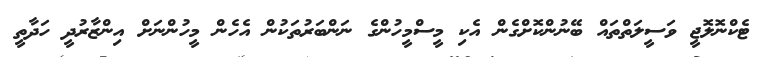
ޓެކްނޮލޮޖީ ވަސީލަތްތައް ބޭނުންކޮށްގެން އެކި މީސްމީހުންގެ ނަންބަރުތަކުން އެހެން މީހުންނަށް އިންޒާރުދީ ހަދާތީ